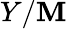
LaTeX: Y/\mathbf{M}